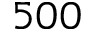
5 0 0